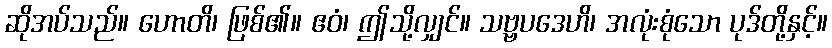
ဆိုအပ်သည်။ ဟောတိ၊ ဖြစ်၏။ ဧဝံ၊ ဤသို့လျှင်။ သဗ္ဗပဒေဟိ၊ အလုံးစုံသော ပုဒ်တို့နှင့်။